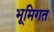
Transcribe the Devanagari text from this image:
भूमिगत